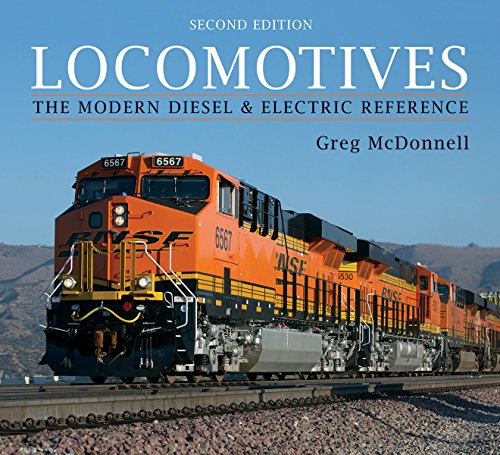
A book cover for Locomotives: The Modern Diesel and Electric Reference; Greg McDonnell; Engineering & Transportation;